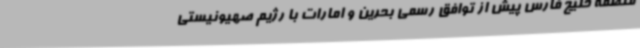
منطقه خلیج فارس پیش از توافق رسمی بحرین و امارات با رژیم صهیونیستی